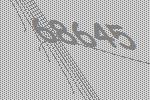
68645